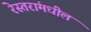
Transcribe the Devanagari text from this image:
रेस्तरांमधील